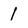
Character: 1